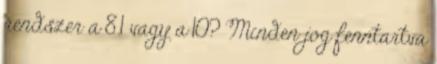
rendszer a 8.1 vagy a 10? Minden jog fenntartva